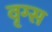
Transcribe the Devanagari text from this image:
वृग्स